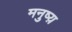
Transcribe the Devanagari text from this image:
मनुष्य़